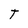
Character: T